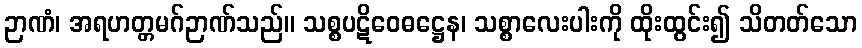
ဉာဏံ၊ အရဟတ္တမဂ်ဉာဏ်သည်။ သစ္စပဋိဝေဓဋ္ဌေန၊ သစ္စာလေးပါးကို ထိုးထွင်း၍ သိတတ်သော